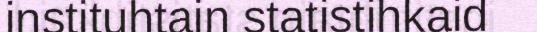
instituhtain statistihkaid